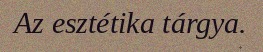
Az esztétika tárgya.